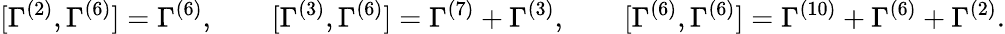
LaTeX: [\Gamma^{(2)},\Gamma^{(6)}]=\Gamma^{(6)},\qquad[\Gamma^{(3)},\Gamma^{(6)}]=\Gamma^{(7)}+\Gamma^{(3)},\qquad[\Gamma^{(6)},\Gamma^{(6)}]=\Gamma^{(10)}+\Gamma^{(6)}+\Gamma^{(2)}.